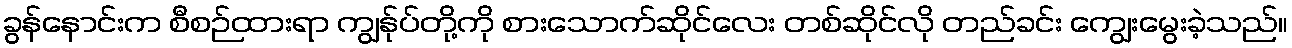
ခွန်နောင်းက စီစဉ်ထားရာ ကျွန်ုပ်တို့ကို စားသောက်ဆိုင်လေး တစ်ဆိုင်လို တည်ခင်း ကျွေးမွေးခဲ့သည်။